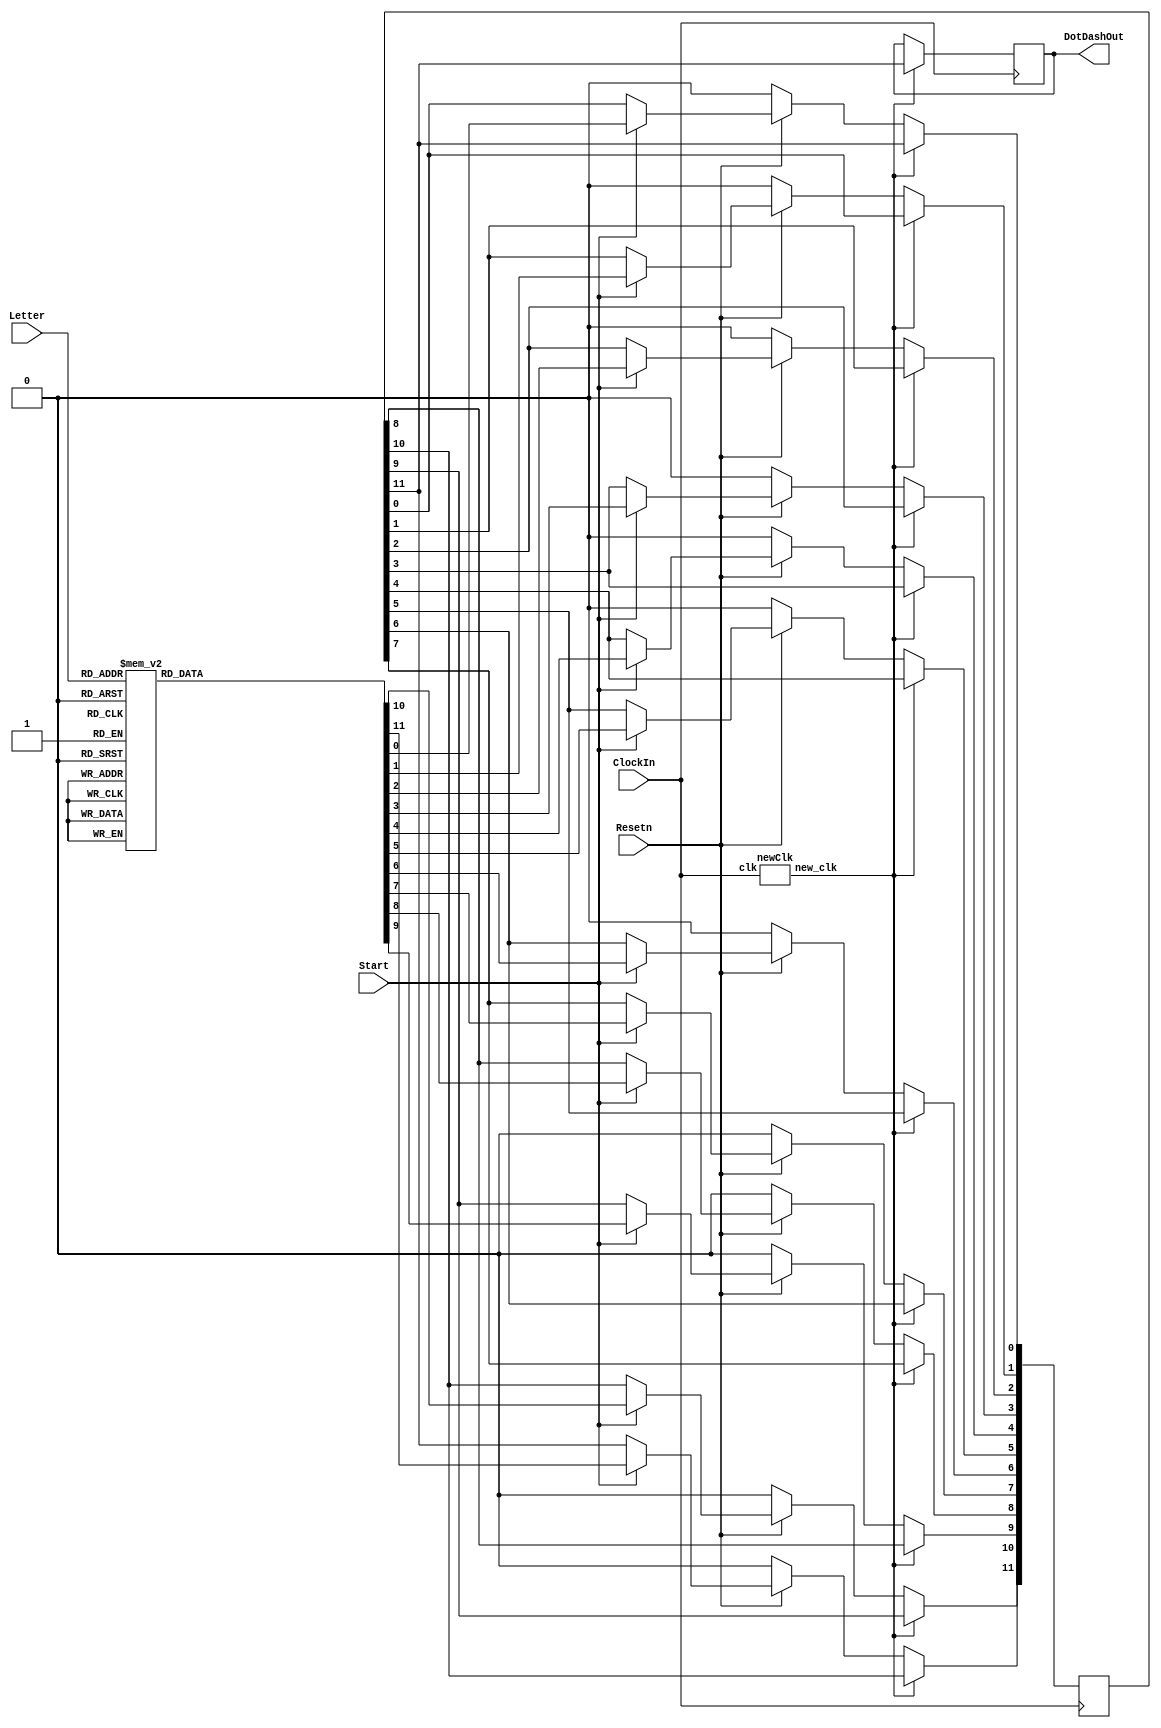
`timescale 1ns / 1ns // `timescale time_unit/time_precision

module part3(ClockIn, Resetn, Start, Letter, DotDashOut);
	input ClockIn, Resetn, Start; 
	input [2:0] Letter;	
	output reg DotDashOut;
	wire [11:0] Q; 
	reg [11:0] code;
	wire go;
	
	
	parameter A = 3'b000, B = 3'b001, C = 3'b010, D = 3'b011, E = 3'b100, F = 3'b101, G = 3'b110, H = 3'b111;
	
	newClk u0(.clk(ClockIn), .new_clk(go));
	
	
	always@(posedge ClockIn)
	begin
		if (Start) begin
			case(Letter)
				A: code <= 12'b101110000000;
				B: code <= 12'b111010101000;
				C: code <= 12'b111010111010;
				D: code <= 12'b111010100000;
				E: code <= 12'b100000000000;
				F: code <= 12'b101011101000;
				G: code <= 12'b111011101000;
				H: code <= 12'b101010100000;
				default: code <= 12'b111111111110;
			endcase
		end
		
		if (go) begin
			DotDashOut <= code[11];
			code[11] <= code[10]; 
			code[10] <= code[9];
			code[9] <= code[8];
			code[8] <= code[7];
			code[7] <= code[6];
			code[6] <= code[5];
			code[5] <= code[4];
			code[4] <= code[3];
			code[3] <= code[2];
			code[2] <= code[1];
			code[1] <= code[0];
			code[0] <= code[11];
		end
		else if (!Resetn) 
			code <= 0;
		
	end

endmodule

module newClk (clk, new_clk);
	input clk;
	output reg new_clk;
	reg [11:0] RateDivider = 0; 
	
	always@(posedge clk)
	begin
		if (RateDivider == 249) begin
			new_clk <= 1; 
			RateDivider <= 0; 
		end
		else begin
			new_clk <= 0;
			RateDivider <= RateDivider + 1;
		end
	end

endmodule